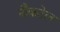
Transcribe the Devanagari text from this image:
नौकटेल